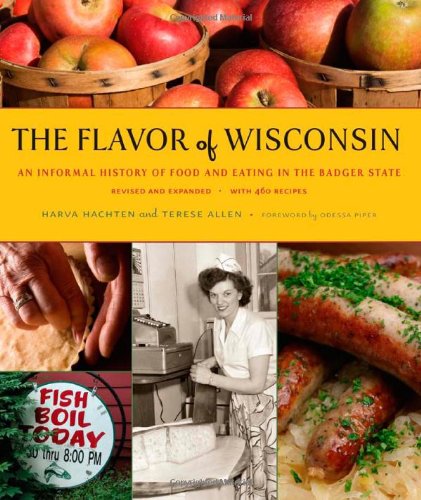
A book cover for The Flavor of Wisconsin: An Informal History of Food and Eating in the Badger State; Harva Hachten; Cookbooks, Food & Wine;